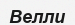
Велли